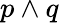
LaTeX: p\wedge q